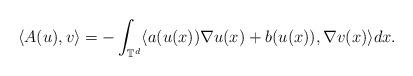
LaTeX: \begin{align*}\langle A(u), v \rangle = - \int_{\mathbb{T}^d} \langle a(u(x)) \nabla u(x) + b(u(x)), \nabla v(x) \rangle dx .\end{align*}